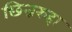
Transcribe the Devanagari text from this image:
छिन्नरुहा